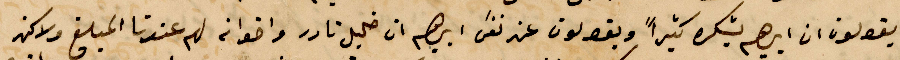
يقولون ان إبراهيم يشكره كثيرًا ويقولون عن نفس إبراهيم ان خليل نادر واخوانه لهم عندنا المبلغ ولاكن